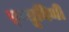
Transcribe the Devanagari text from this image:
फ़्यूबिनी